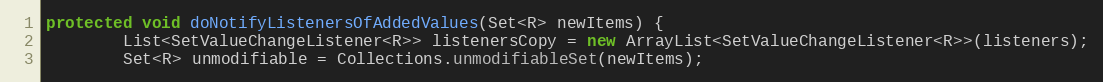
Language: Java
protected void doNotifyListenersOfAddedValues(Set<R> newItems) {
        List<SetValueChangeListener<R>> listenersCopy = new ArrayList<SetValueChangeListener<R>>(listeners);
        Set<R> unmodifiable = Collections.unmodifiableSet(newItems);